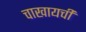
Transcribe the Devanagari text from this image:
चाखायची